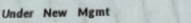
Under New Mgmt